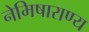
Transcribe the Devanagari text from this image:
नेमिषाराण्य